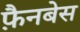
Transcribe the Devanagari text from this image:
फ़ैनबेस